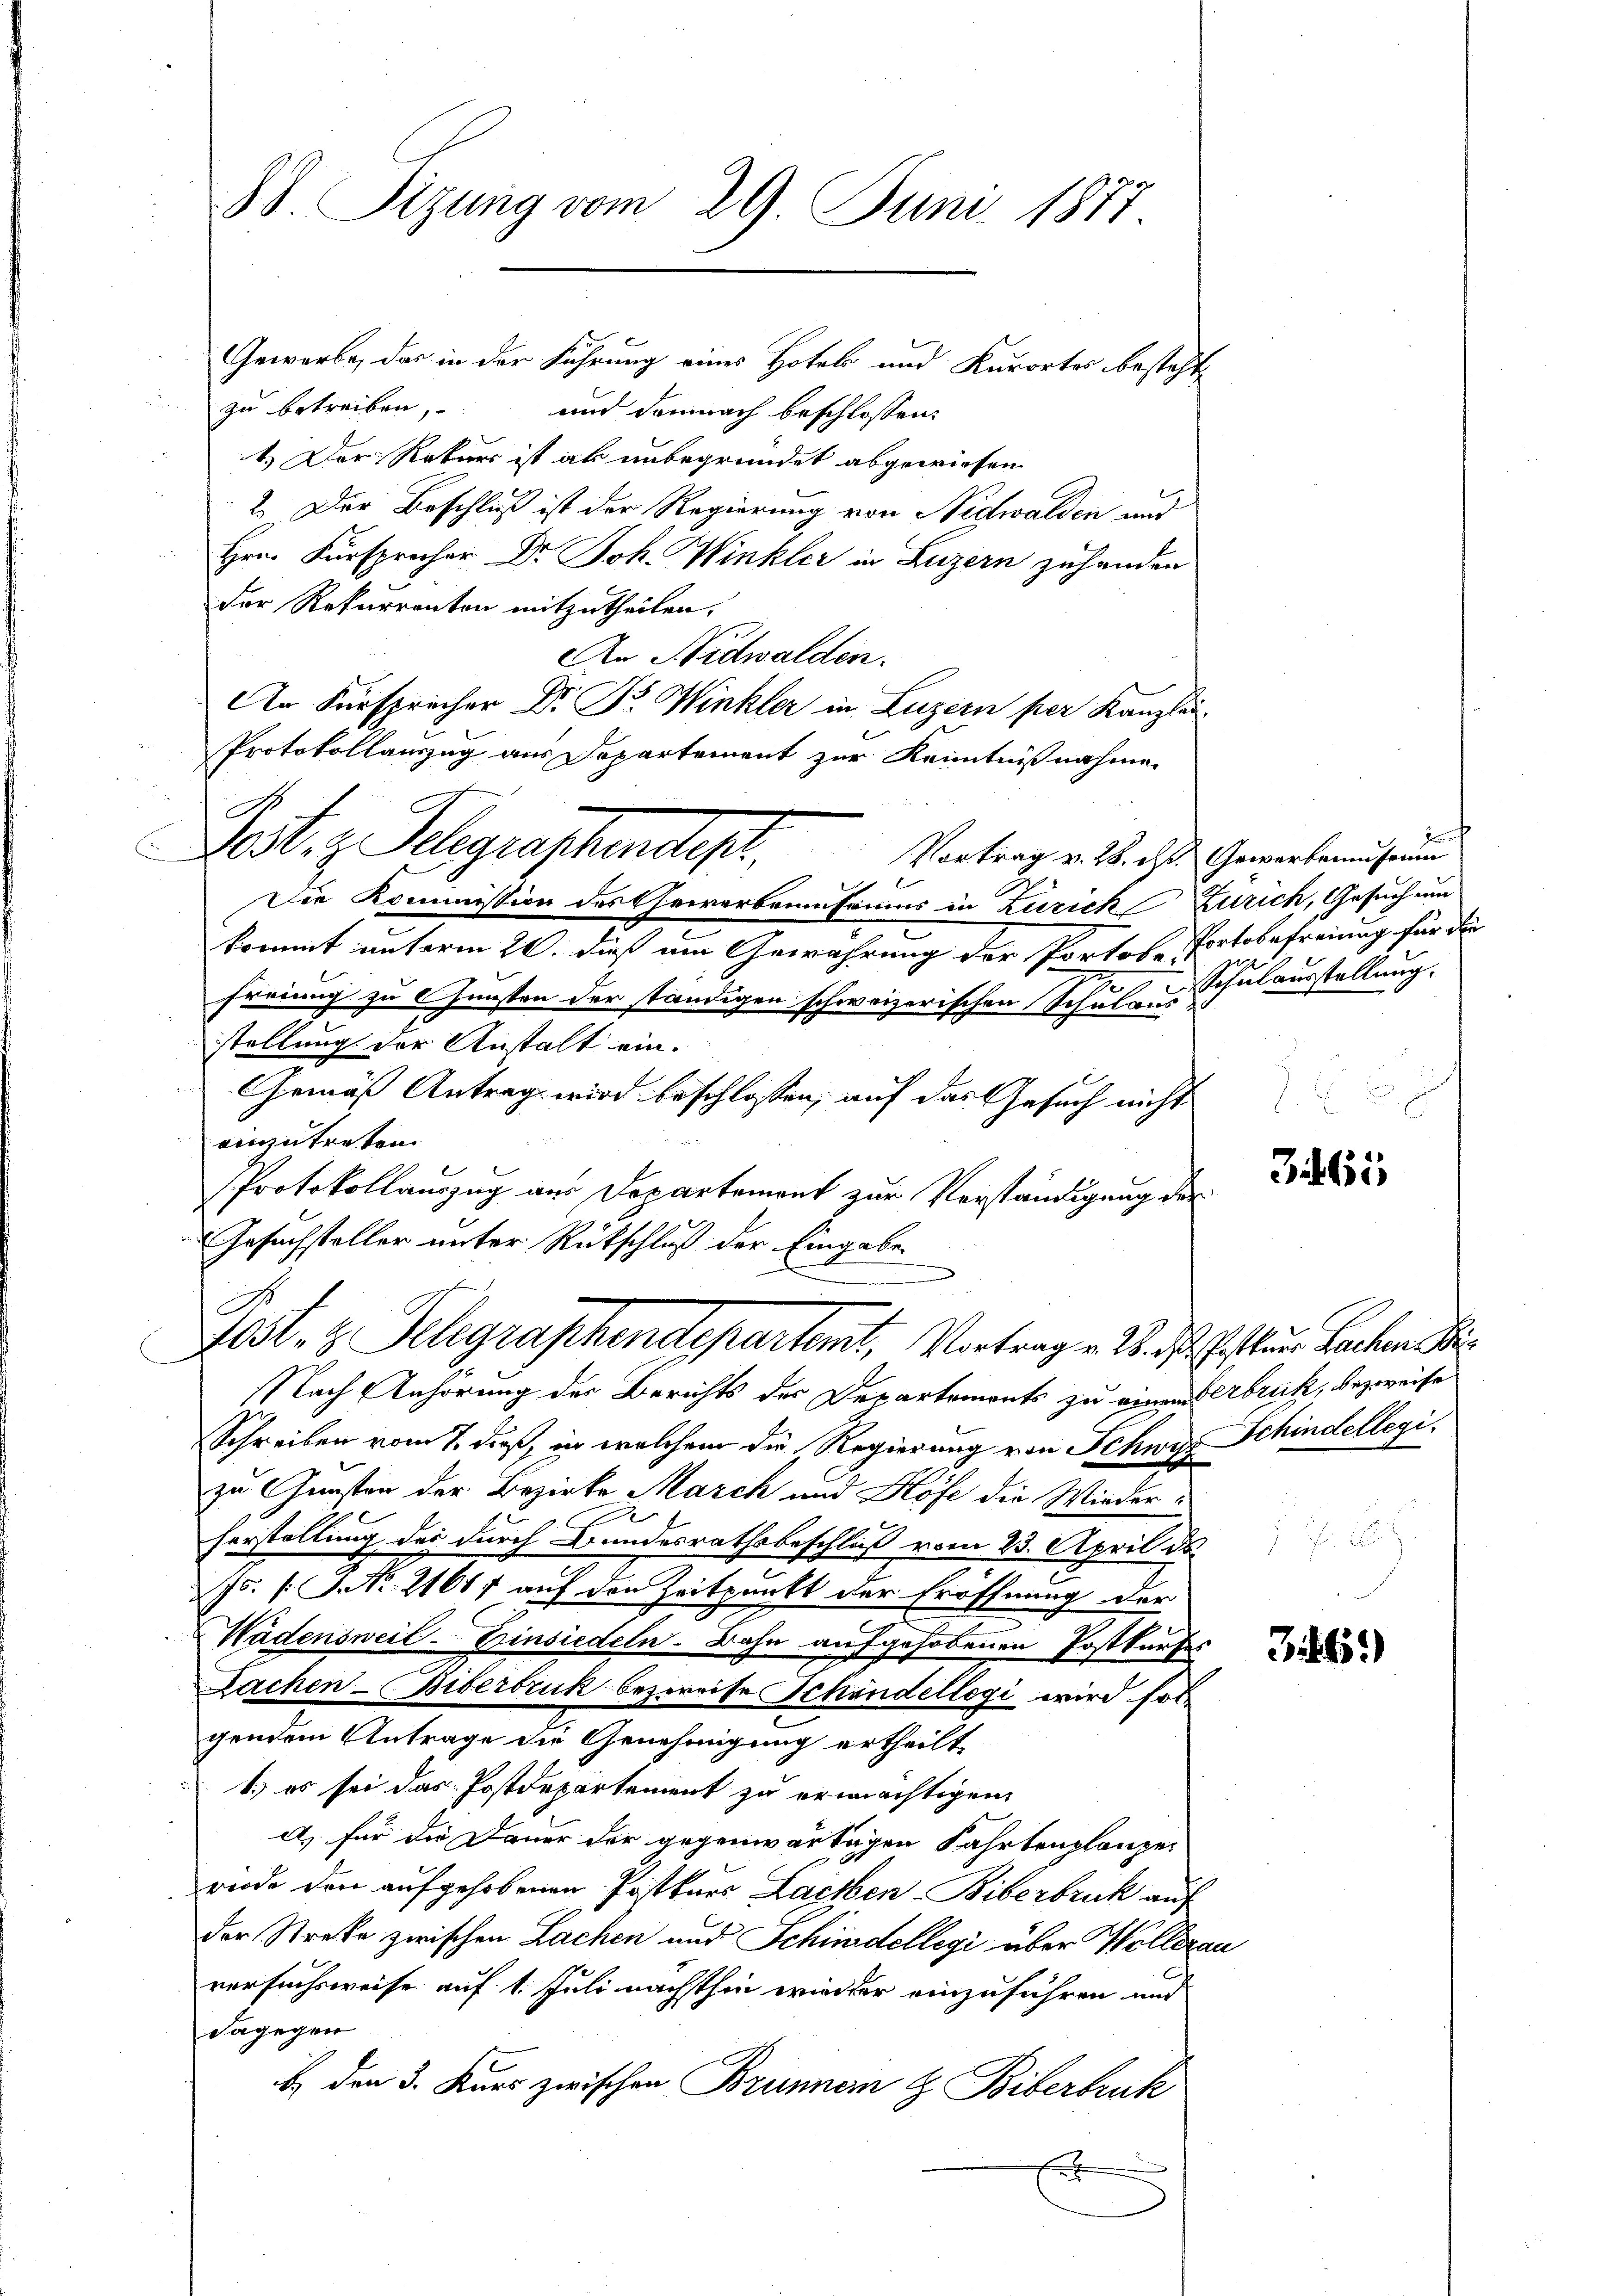
d Sitzung vom 29. Juni 1877

Gewerbe, das in der Führung eines Hotels und Kurortes besteht,
zu betreiben,
und demnach beschlossen:
1.) Der Rekurs ist als unbegründet abgewiesen
2.) Der Beschluß ist der Regierung von Nidwalden und
Hrn. Fürsprecher Dr. Joh. Winkler in Luzern zuhanden
der Rekurrenten mitzutheilen.
An Nidwalden.
An Fürsprücher Dr. Dr. Winkler in Luzern per Kanzlei¬
Protokollanzug aus Departement zur Kenntnißnahme
.
Lest, z. Telegraphenster,
Vortrag v. 28. d. Gewerbenen sein
Die Kommission des Gewerbenensaums in Zürich Zürich, Gesuch um
kommt unterm 20. dieß am Gewährung der Portobe Portobefreiung für die
z
2
freiung zu Gunsten der ständigen schweizerischen Schulaus
stellung der Anstalt ein.
Gemäß Antrag wird beschlossen, auf das Gesuch nicht
einzutreten.
Protokollauszug aus Departement zur Verständigung der
Gesuchsteller unter Rütschluß der Eingabe

C
Jost, z. Telegraphendepartemit, Vortrag v. 2. ds. stum Bachen S
C

NNach Anhörung des Berichts der Departements zu einem bruck, bezweife
Schreiben vom 7. daß, in welchem die Regierung von Schwyz Schindellegizu Gunsten der Bezirke March und Höfe die Wiederherstellung der durch Bundesrathsbeschluß vom 23. April de
Js. v. J. No. 21617 auf den Zeitpunkt der Eröffnung der
Wädensweil–Einsiedeln. Bahn aufgehobenen Postkartes
Dachen-Biberbruk bezweife Schandellegi wird soll
gendem Antrage die Genehmigung ertheilt
1.) es sei das Postdepartement zu ermächtigen
A) für die Dauer der gegenwärtigen Fahrtenplanze
rede den aufgehobenen Postkurs Lachben-Biberbruck auf
der Streke zwischen Lachen und Schindellegi über Wollerau
versuchsweise auf 1. Juli nächsthin wieder einzuführen und
dagegen
b. den 3. Kurs zwischen Brunner & Biberbruck
E

J
Schulausstellung.
.

3465

Fr. 187

365.)